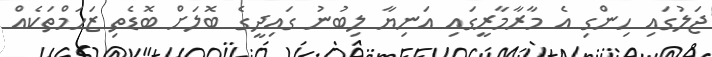
ޖަލުގައި ހިންގި އެ މާރާމާރީގައި އަނިޔާ ލިބުނު ގައިދީގެ ބޮލަށް ބޮޑެތި ޒަހަމްތަކެއް